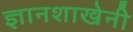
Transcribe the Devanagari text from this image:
ज्ञानशाखेनी